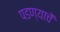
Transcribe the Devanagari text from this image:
पडण्याचें